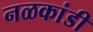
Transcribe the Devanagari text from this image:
नळकांडी